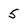
Character: 5